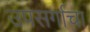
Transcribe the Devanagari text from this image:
उपसर्गाचा